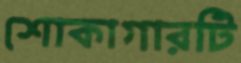
শোকাগারটি